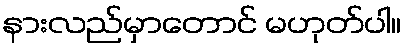
နားလည်မှာတောင် မဟုတ်ပါ။